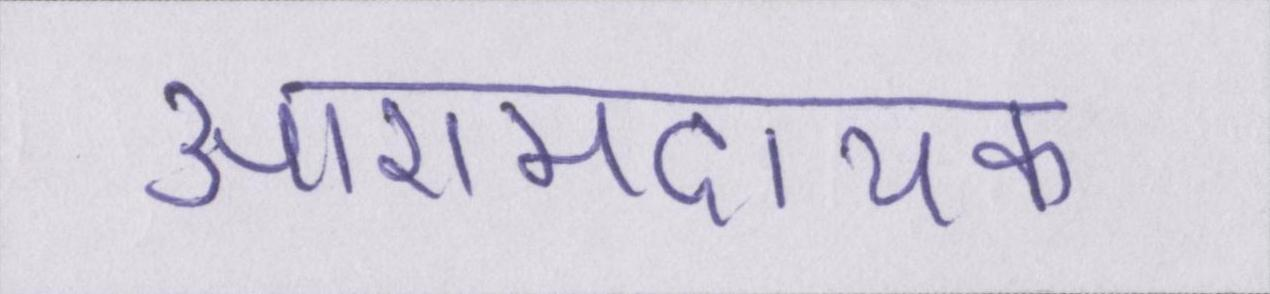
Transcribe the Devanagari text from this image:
आरामदायक